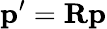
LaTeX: \mathbf{p}^{\prime}=\mathbf{R}\mathbf{p}